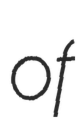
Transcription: of